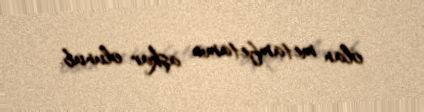
olan metamfetamin aşkar olunub.